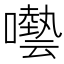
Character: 𡂞